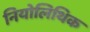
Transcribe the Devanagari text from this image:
नियोलिथिक